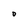
Character: O